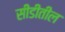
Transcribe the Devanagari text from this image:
सीडीतील